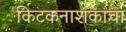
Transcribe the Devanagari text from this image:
किटकनाशकाचा